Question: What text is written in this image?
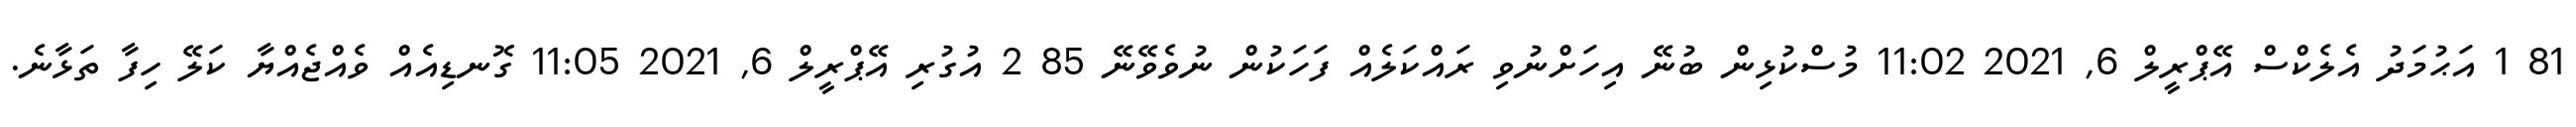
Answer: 81 1 އަޙުމަދު އެލެކްސް އޭޕްރީލް 6, 2021 11:02 މުސްކުޅިން ބުނޭ އިހަށްނުވި ރައްކަލެއް ފަހަކުން ނުވެވޭނޭ 85 2 އުގުރި އޭޕްރީލް 6, 2021 11:05 ގޮނޑިއެއް ވެއްޖެއްޔާ ކަލޭ ހިފާ ތަޅާނެ.